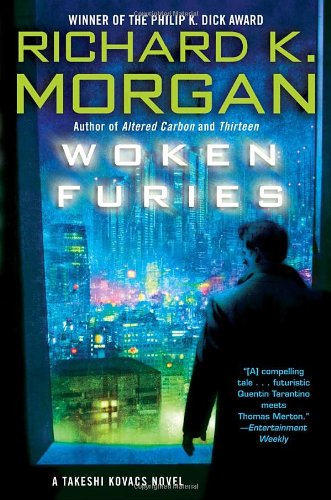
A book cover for Woken Furies: A Takeshi Kovacs Novel; Richard K. Morgan; Science Fiction & Fantasy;